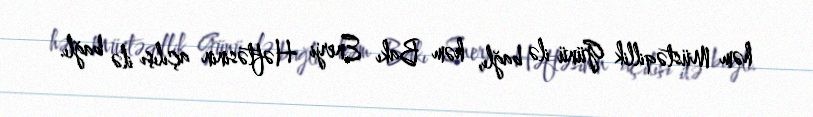
həm Müstəqillik Günü ilə bağlı, həm Bakı Enerji Həftəsinin açılışı ilə bağlı.